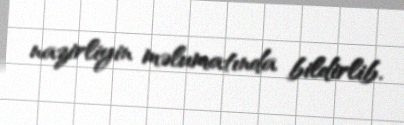
nazirliyin məlumatında bildirlib.